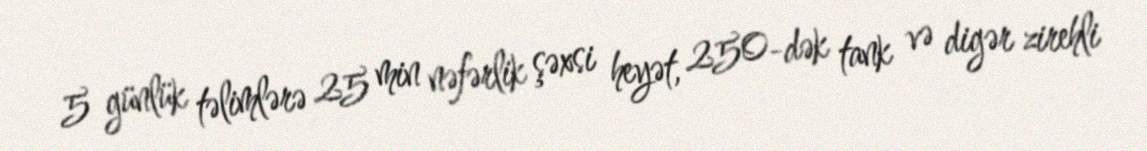
5 günlük təlimlərə 25 min nəfərlik şəxsi heyət, 250-dək tank və digər zirehli